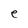
Character: e